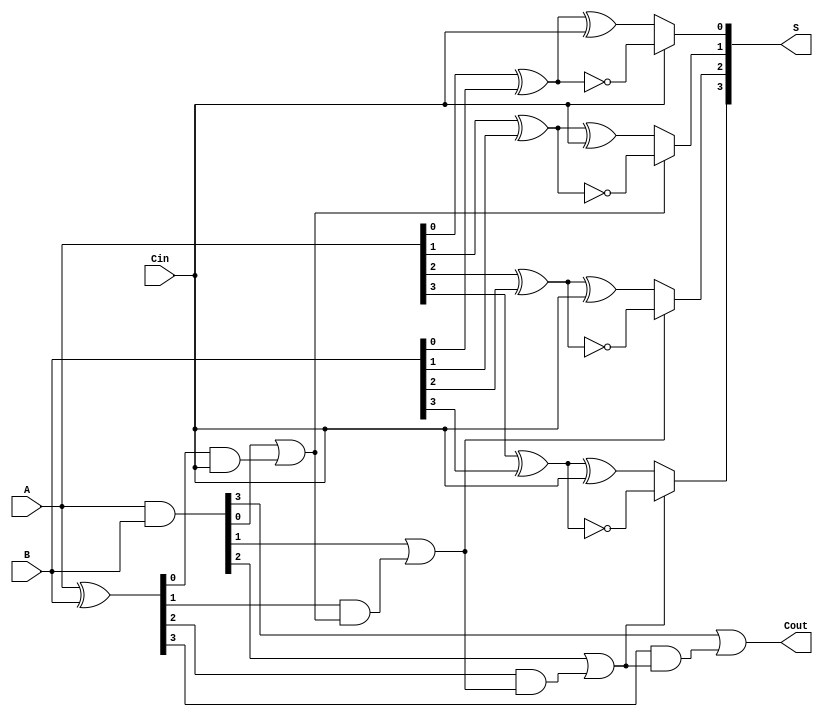
module conditional_sum_adder #(parameter N = 4) (
    input  [N-1:0] A,       // First n-bit input
    input  [N-1:0] B,       // Second n-bit input
    input         Cin,       // Carry-in
    output [N-1:0] S,       // n-bit sum output
    output        Cout       // Carry-out
);

    wire [N-1:0] G;         // Generate signals
    wire [N-1:0] P;         // Propagate signals
    wire [N:0] C;           // Carry signals (C[0] = Cin)
    wire [N-1:0] S0;        // Sum outputs if carry is 0
    wire [N-1:0] S1;        // Sum outputs if carry is 1

    // Generate and Propagate calculations
    assign G = A & B;               // G[i] = A[i] * B[i]
    assign P = A ^ B;               // P[i] = A[i] + B[i] (XOR for sum)

    // Carry calculations
    assign C[0] = Cin;              // Initial carry-in
    genvar i;
    generate
        for (i = 0; i < N; i = i + 1) begin : carry_gen
            assign C[i+1] = G[i] | (P[i] & C[i]); // C[i+1] = G[i] + (P[i] * C[i])
        end
    endgenerate

    // Sum calculations
    generate
        for (i = 0; i < N; i = i + 1) begin : sum_calc
            assign S0[i] = A[i] ^ B[i] ^ C[0]; // S0[i] = A[i]  B[i]  Cin
            assign S1[i] = A[i] ^ B[i] ^ 1'b1;  // S1[i] = A[i]  B[i]  1
            assign S[i] = C[i] ? S1[i] : S0[i]; // S[i] = S1[i] if C[i] else S0[i]
        end
    endgenerate

    // Final carry-out
    assign Cout = C[N]; // Cout = C[n] (final carry)

endmodule